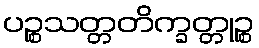
ပဉ္စသတ္တတိက္ခတ္တုဉ္စ